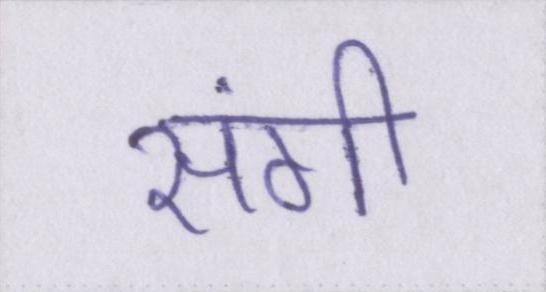
संगी